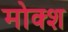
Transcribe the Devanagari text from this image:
मोक्श